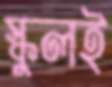
স্কুলই